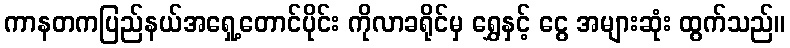
ကာနတကပြည်နယ်အရှေ့တောင်ပိုင်း ကိုလာခရိုင်မှ ရွှေနှင့် ငွေ အများဆုံး ထွက်သည်။